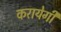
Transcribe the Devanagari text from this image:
करायेगी